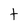
Character: f